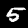
Digit: 5